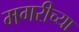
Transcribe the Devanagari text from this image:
मगरीच्या